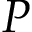
P